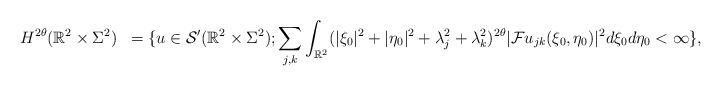
LaTeX: \begin{align*}&H^{2\theta}(\mathbb{R}^2\times \Sigma^2)&=\{u\in \mathcal S'(\mathbb{R}^2\times \Sigma^2); \sum_{j,k}\int_{\mathbb{R}^2}(|\xi_0|^2+|\eta_0|^2+\lambda_j^2+\lambda_k^2)^{2\theta}|\mathcal Fu_{jk}(\xi_0, \eta_0)|^2d\xi_0d\eta_0<\infty\},\end{align*}